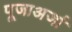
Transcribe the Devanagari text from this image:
पूजाअर्जा